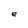
Character: e